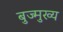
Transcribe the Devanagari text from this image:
बुज्मुख्य